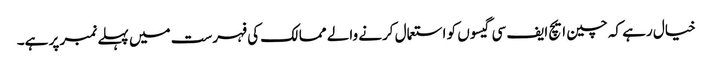
خیال رہے کہ چین ایچ ایف سی گیسوں کو استعمال کرنے والے ممالک کی فہرست میں پہلے نمبر پر ہے۔